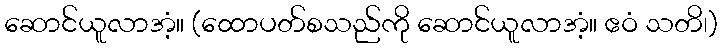
ဆောင်ယူလာအံ့။ (ထောပတ်စသည်ကို ဆောင်ယူလာအံ့။ ဧဝံ သတိ၊)